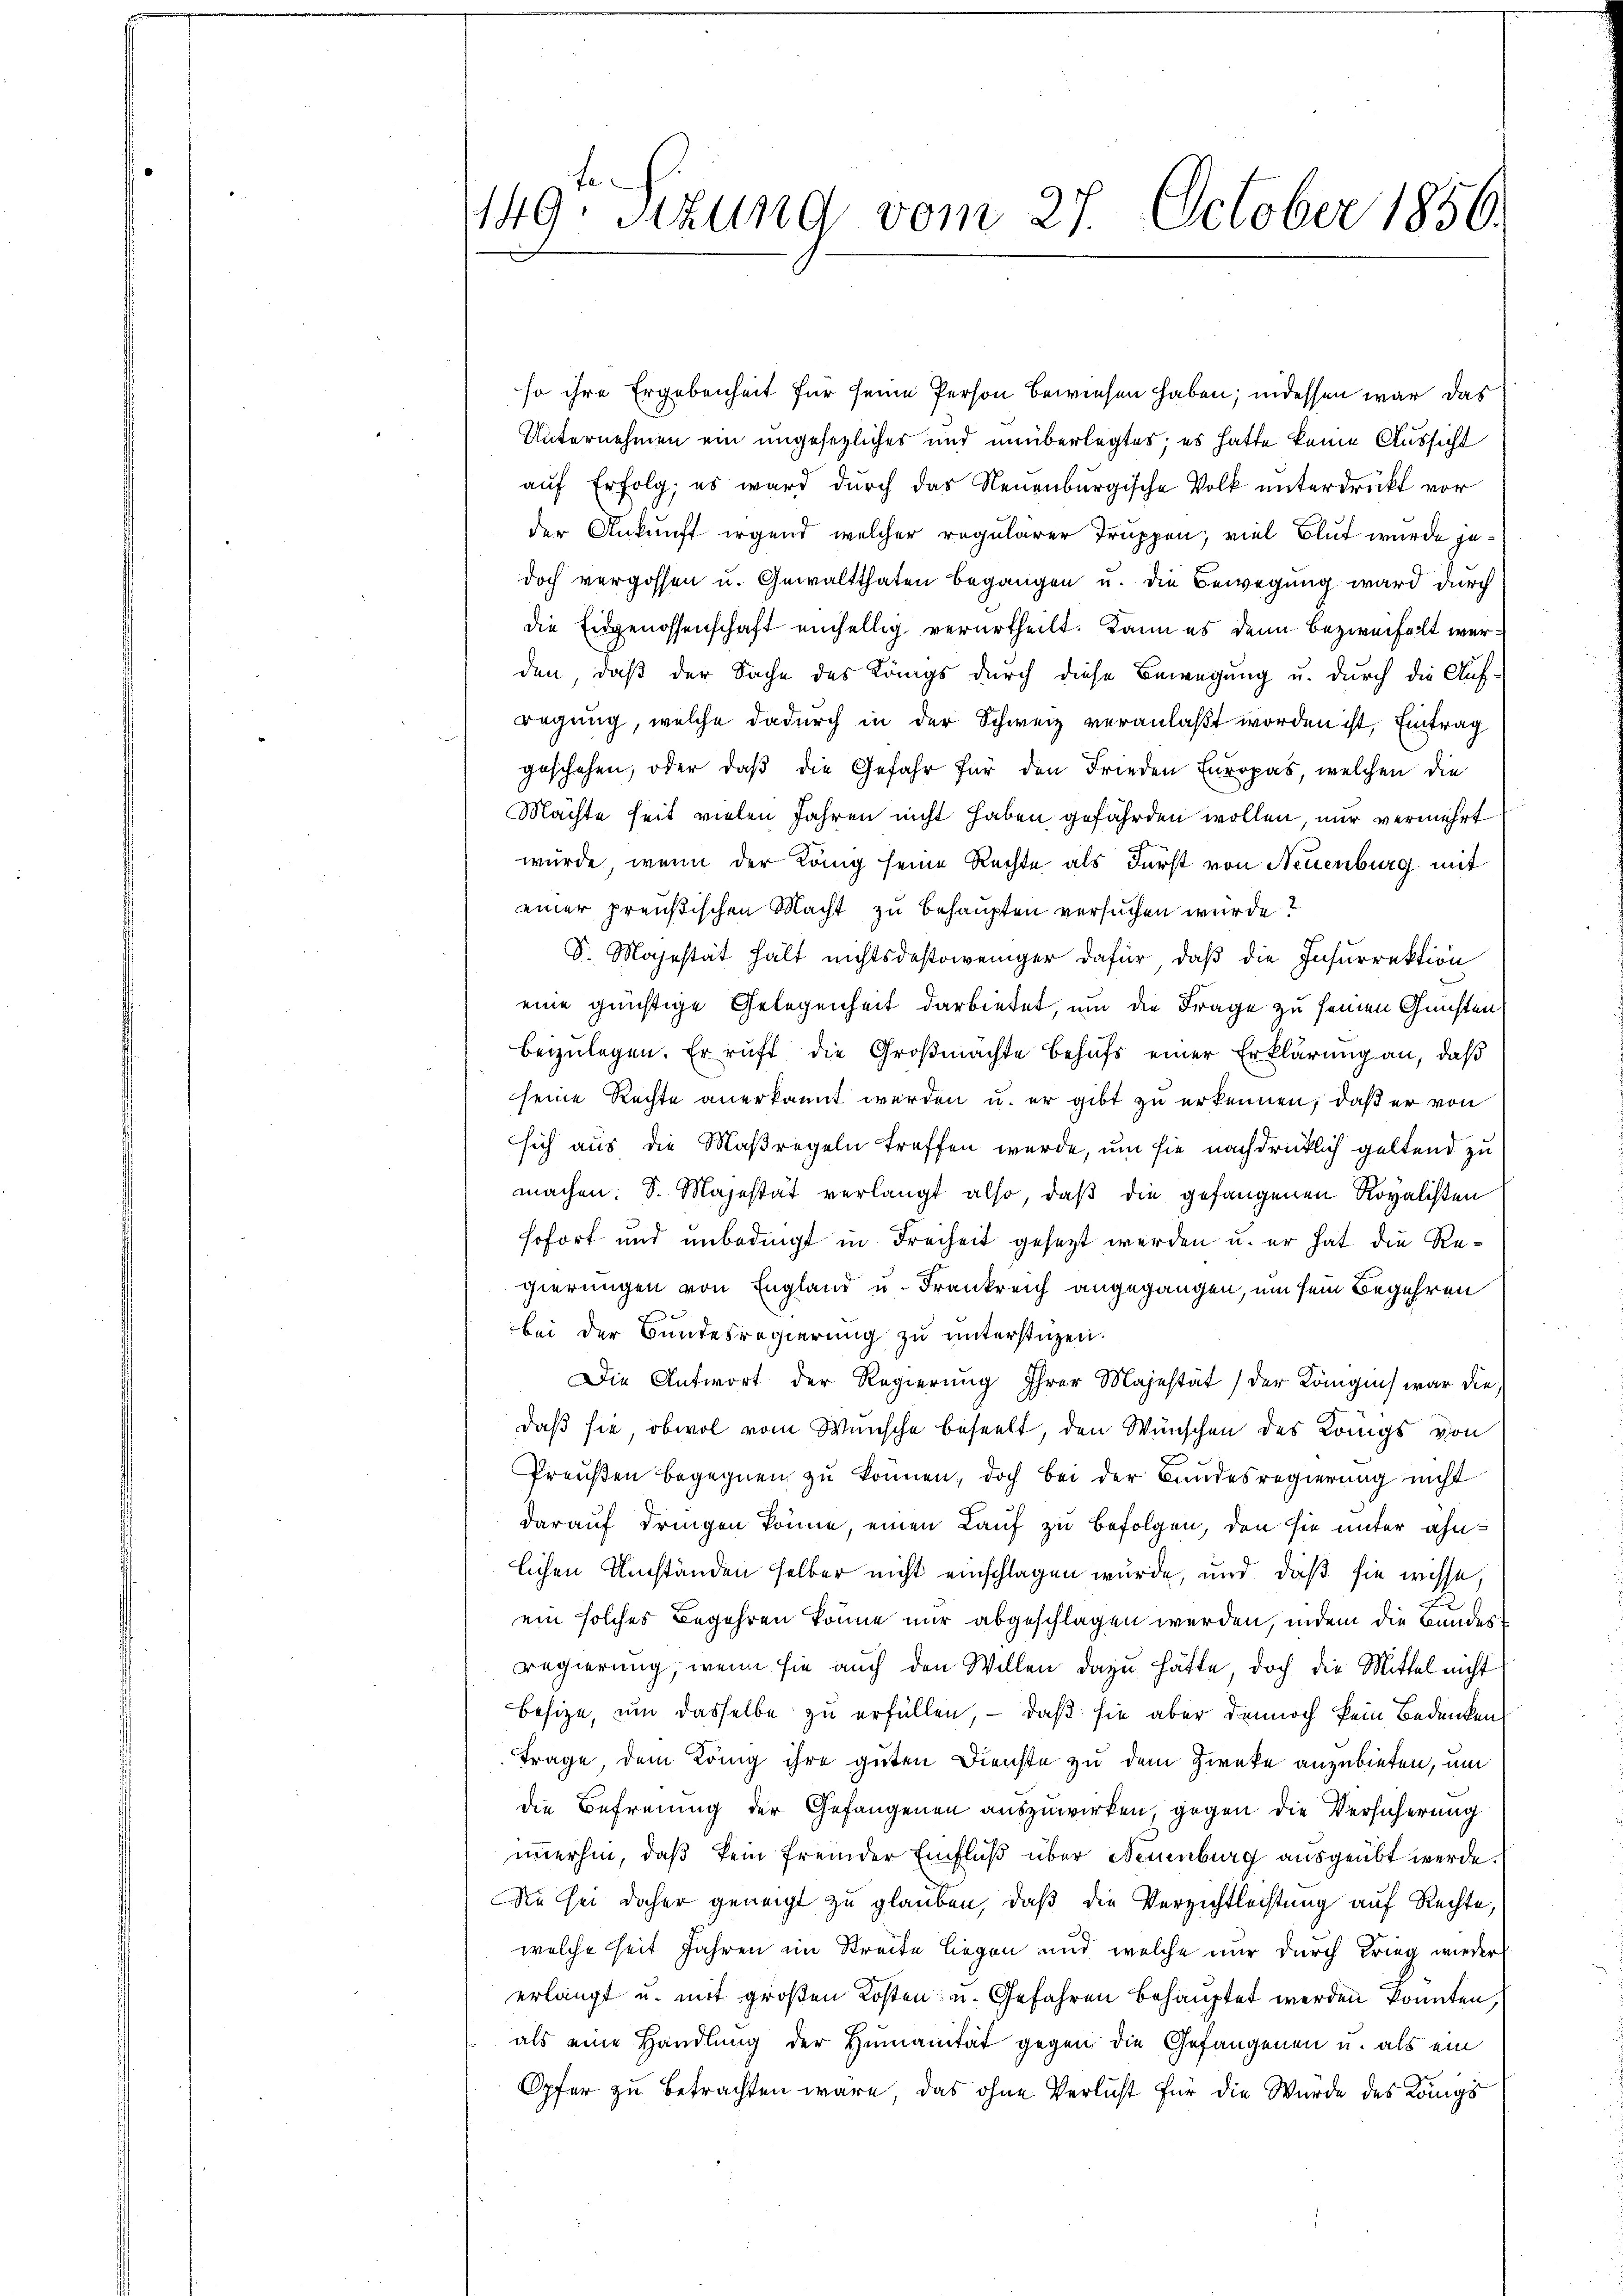
1149. Sitzung vom 27. October 1856.

so ihre Ergebenheit für seine Person bewiesen haben; indessen war das
Unternehmen ein ungesezliches und unüberlegtes; es hatte keine Aussicht
auf Erfolg, es ward durch das Neuenburgische Volk unterdrückt vor
der Ankunft irgend welcher regularer Truppen; viel Blut wurde gedoch vergossen u. Gewaltthaten begangen u. die Bewegung ward durch
die Eidgenossenschaft einhellig verurtheilt. Dann es denn bezweifelt werden, daß der Sache des Königs durch diese Bewegung u. durch die Auf-
regung, welche dadurch in der Schweiz veranlaßt worden ist, Eintrag
geschehen, oder daß die Gefahr für den Frieden Europas, welchen die
Machte seit vielen Jahren nicht haben gefährden wollen, nur vermehrt
würde, wenn der König seine Rechte als Fürst von Neuenburg mit
einer preußischen Macht zu behaupten versuchen wurde?
S. Majestät hält nichtsdestoweniger dafür, daß die Insurrektion
eine günstige Gelegenheit darbietet, um die Frage zu seinen Gunsten
beizulegen. Er ruft die Großmachte behufs einer Erklärung an, daß
seine Rechte anerkannt werden u. er gibt zu erkennen, daß er von
sich aus die Maßregeln treffen wurde, um sie nachdrücklich geltend zu
machen. S. Majestät verlangt also, daß die gefangenen Royalisten
sofort und unbedingt in Freiheit gesetzt werden u. er hat die Regierungen von England u. Frankreich angegangen, um sein Begehren
bei der Bundesregierŭng zŭ ŭnterstüzen.
Die Antwort der Regierung ihrer Majestät der Königlich war die
daß sie, obwol vom Wünsche beseelt, den Wünschen des Königs von
Preŭβen begegnen zu können, doch bei der Bundesregierung nicht
darauf dringen könne, einen Lauf zu befolgen, den sie unter ähnlichen Umständen selber nicht einschlagen wurde, und daß sie wisse
ein solches Begehren könne nur abgeschlagen werden, indem die Bandesregierung, wenn sie auch den Willen dazu hätte doch die Mittel nicht
besize, um dasselbe zu erfüllen, – daß sie aber dennoch kein Bedenken
Frage, dem König ihre guten Dienste zu dem Zwecke anzubieten, um
die Befreung der Gefangenen auszuwirken, gegen die Versicherung
immerhin, daß kein fremder Einfluß über Neuenburg ausgeübt werde.
Sie sei daher geneigt zu glauben, daß die Verzichtlichtung auf Rechte,
welche seit Jahren im Streite liegen und welche nur durch Krieg wieder
erlangt u. mit großen Kosten u. Gefahren behauptet werden konnten,
als eine Handlung der Humanität gegen die Gefangenen u. als ein
Opfer zu betrachten wäre, das ohne Verlust für die Würde des Königs